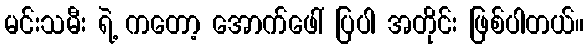
မင်းသမီး ရဲ့ ကတော့ အောက်ဖေါ် ပြပါ အတိုင်း ဖြစ်ပါတယ်။